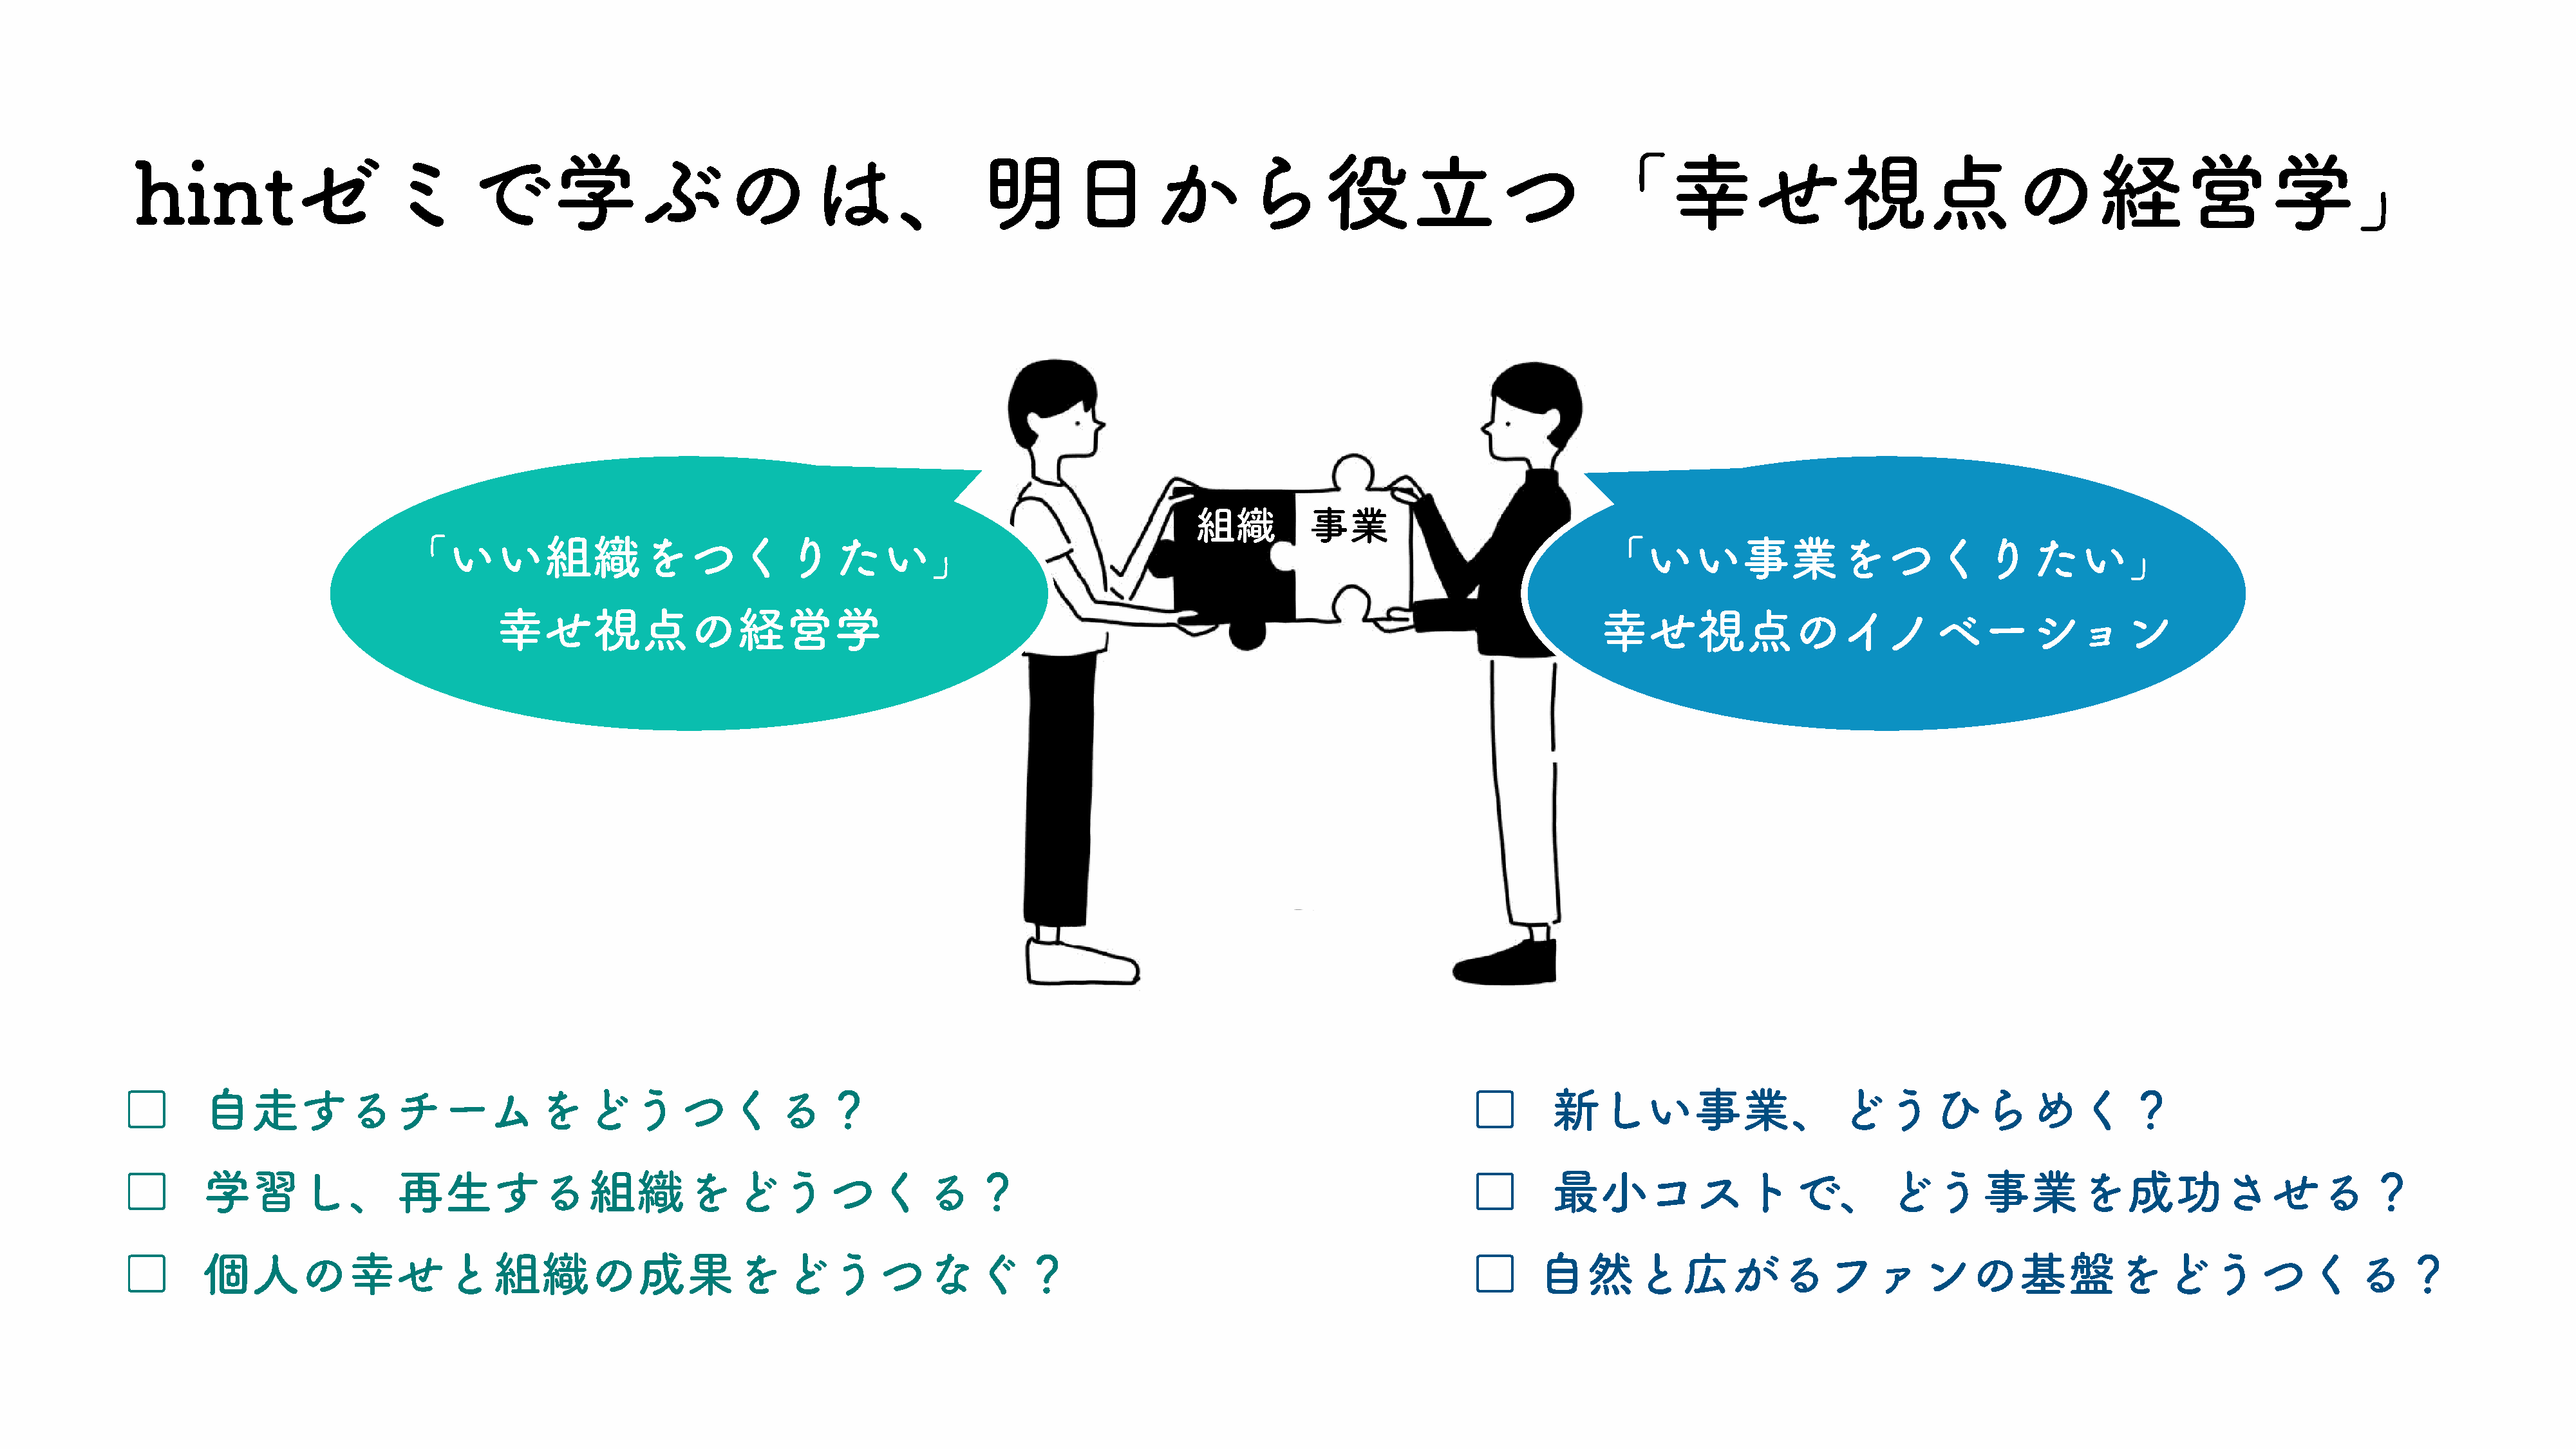
hintゼミで学ぶのは、明日から役立つ「幸せ視点の経営学」
 幸せ視
 点の                              組織          事業
 「いい組織をつくりたい」                                                                                                               「いい事業をつくりたい」
 経営学
 幸せ視点の経営学                                                                                                          幸せ視点のイノベーション
 ブロ
 □       自走するチームをどうつくる？                                                                                                                    □        新しい事業、どうひらめく？
 □       学習し、再生する組織をどうつくる？                                                                                                                 □        最小コストで、どう事業を成功させる？
 □       個人の幸せと組織の成果をどうつなぐ？                                                                                                                □      自然と広がるファンの基盤をどうつくる？